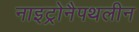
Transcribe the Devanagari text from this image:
नाइट्रोनैपथलीन